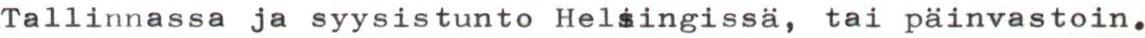
Tallinnassa ja syysistunto Helsingissä, tai päinvastoin.